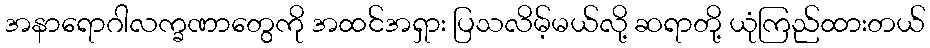
အနာရောဂါလက္ခဏာတွေကို အထင်အရှား ပြသလိမ့်မယ်လို့ ဆရာတို့ ယုံကြည်ထားတယ်